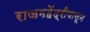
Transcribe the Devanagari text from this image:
राजमहेंद्रीपासून